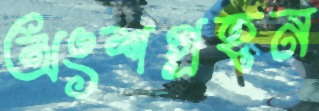
অংশগ্রহন